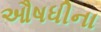
ઔષધીના